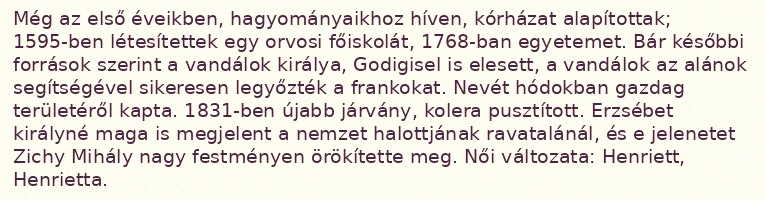
Még az első éveikben, hagyományaikhoz híven, kórházat alapítottak; 1595-ben létesítettek egy orvosi főiskolát, 1768-ban egyetemet. Bár későbbi források szerint a vandálok királya, Godigisel is elesett, a vandálok az alánok segítségével sikeresen legyőzték a frankokat. Nevét hódokban gazdag területéről kapta. 1831-ben újabb járvány, kolera pusztított. Erzsébet királyné maga is megjelent a nemzet halottjának ravatalánál, és e jelenetet Zichy Mihály nagy festményen örökítette meg. Női változata: Henriett, Henrietta.